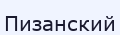
Пизанский